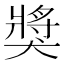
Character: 獎